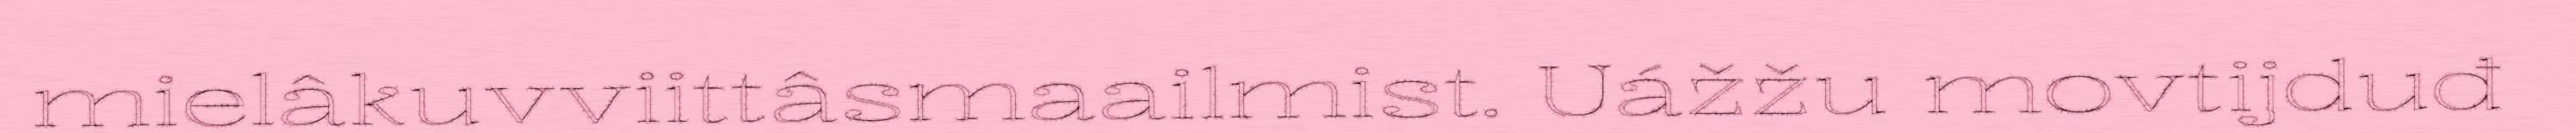
mielâkuvviittâsmaailmist. Uážžu movtijduđ